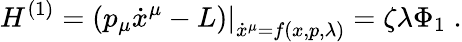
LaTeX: H^{(1)}=\left.\left(p_{\mu}\dot{x}^{\mu}-L\right)\right|_{\dot{x}^{\mu}=f(x,p,\lambda)}=\zeta\lambda\Phi_{1}\; .